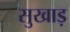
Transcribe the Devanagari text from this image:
सुखाड़